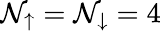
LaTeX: \mathcal{N}_{\uparrow}=\mathcal{N}_{\downarrow}=4